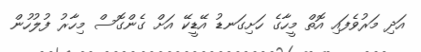
އަދި މަރުވެފައި އޮތް މީހާގެ ހަށިގަނޑު އޭޑީކޭ އަށް ގެންގޮސް މިހާރު ފުލުހުން